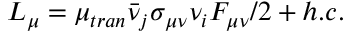
L _ { \mu } = \mu _ { t r a n } \bar { \nu } _ { j } \sigma _ { \mu \nu } \nu _ { i } F _ { \mu \nu } / 2 + h . c .